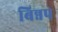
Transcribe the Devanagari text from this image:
बिन्नप